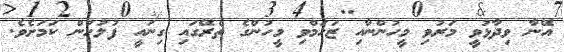
އޭނާ ވިދާޅުވީ މަރުވި މީހުންނާއި ޒަހަމްވި މީހުންގެ ތެރޭގައި ގިނައީ ފުލުހުން ކަމަށެވެ.